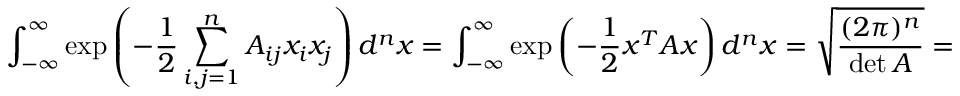
\int _ { - \infty } ^ { \infty } \exp { \left( - { \frac { 1 } { 2 } } \sum _ { i , j = 1 } ^ { n } A _ { i j } x _ { i } x _ { j } \right) } \, d ^ { n } x = \int _ { - \infty } ^ { \infty } \exp { \left( - { \frac { 1 } { 2 } } x ^ { T } A x \right) } \, d ^ { n } x = { \sqrt { \frac { ( 2 \pi ) ^ { n } } { \operatorname* { d e t } A } } } = { \sqrt { \frac { 1 } { \operatorname* { d e t } ( A / 2 \pi ) } } } = { \sqrt { \operatorname* { d e t } ( 2 \pi A ^ { - 1 } ) } }